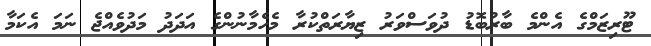
ޓޫރިޒަމްގެ އެންމެ ބާރުބޮޑު ދުވަސްވަރު ޒިޔާރަތްކުރާ މެހެމާނުންގެ އަދަދު މަދުވެއްޖެ ނަމަ އެކަމާ